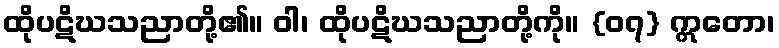
ထိုပဋိဃသညာတို့၏။ ဝါ၊ ထိုပဋိဃသညာတို့ကို။ {၀၇} ဣတော၊